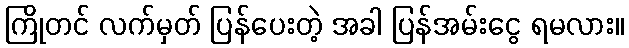
ကြိုတင် လက်မှတ် ပြန်ပေးတဲ့ အခါ ပြန်အမ်းငွေ ရမလား။